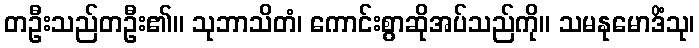
တဦးသည်တဦး၏။ သုဘာသိတံ၊ ကောင်းစွာဆိုအပ်သည်ကို။ သမနုမောဒိံသု၊